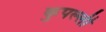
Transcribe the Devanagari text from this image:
कुपल्ली